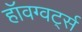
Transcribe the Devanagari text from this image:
हॉवग्वर्ट्स